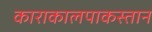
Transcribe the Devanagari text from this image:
काराकालपाकस्तान